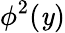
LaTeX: \phi^{2}(\mathit{y})